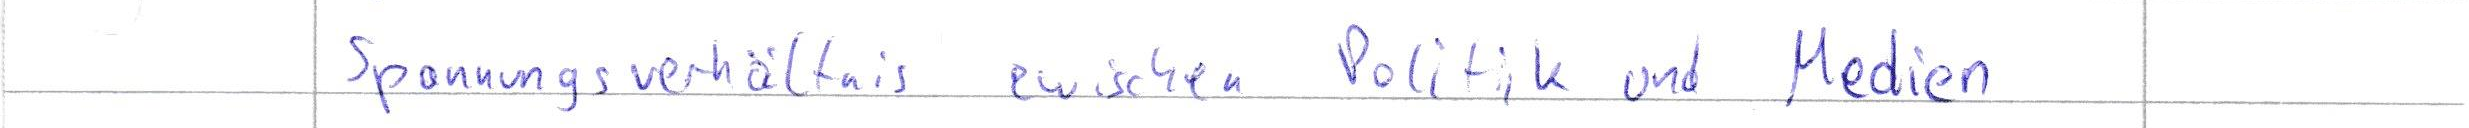
Spannungsverhältnis zwischen Politik und Medien